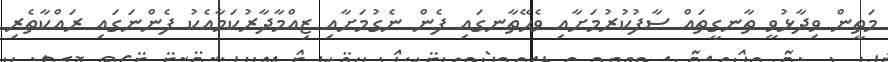
މަތީން ވިދާޅުވީ ތާނގީތައް ސާފުކުރުމަށާއި ވެހޭތާނގައި ފެން ނެގުމަށާއި ޒިއްމާދާރުކަމާއެކު ފެންނަގައި ރައްކާތެރި